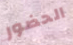
الحضور